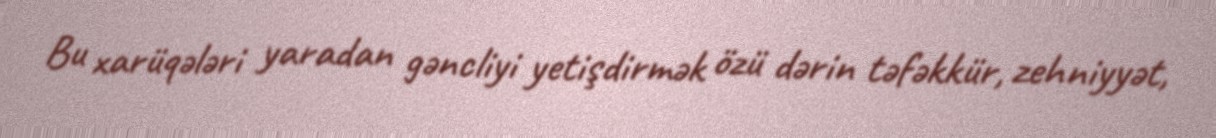
Bu xarüqələri yaradan gəncliyi yetişdirmək özü dərin təfəkkür, zehniyyət,